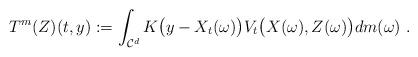
LaTeX: \begin{align*}T^m(Z)(t,y):=\int_{\mathcal{C}^d} K\big (y-X_t(\omega)\big ) V_t\big (X(\omega),Z(\omega)\big ) dm(\omega)\ .\end{align*}